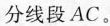
分线段AC。